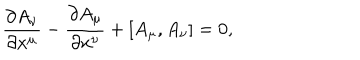
\frac { \partial A _ { \nu } } { \partial x ^ { \mu } } - \frac { \partial A _ { \mu } } { \partial x ^ { \nu } } + [ A _ { \mu } , A _ { \nu } ] = 0 ,